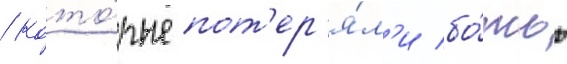
/ кото́рые пот'ер'я́л'и бо́жью